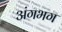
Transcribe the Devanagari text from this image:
अंगभग